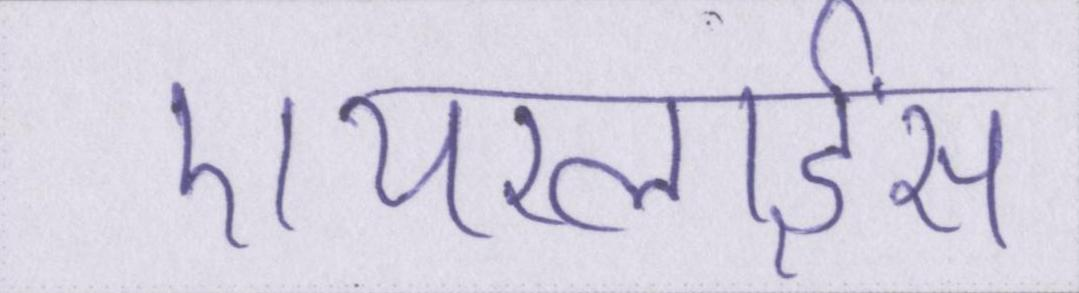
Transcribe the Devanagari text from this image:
एयरलाईंस